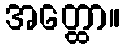
အတ္ထော။